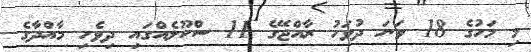
މި މަހުގެ 18 ވަނަ ދުވަހު ރާއްޖޭގެ 11 ސްކޫލެއްގައި ދިވެހި މާއްދާގެ